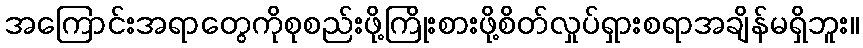
အကြောင်းအရာတွေကိုစုစည်းဖို့ကြိုးစားဖို့စိတ်လှုပ်ရှားစရာအချိန်မရှိဘူး။